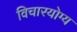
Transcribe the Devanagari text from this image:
विचारयोग्य